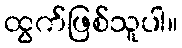
ထွက်ဖြစ်သူပါ။